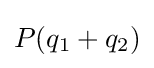
P(q_{1}+q_{2})